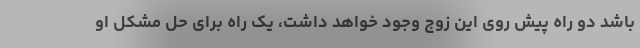
باشد دو راه پیش روی این زوج وجود خواهد داشت، یک راه برای حل مشکل او